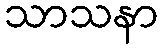
သာသနာ